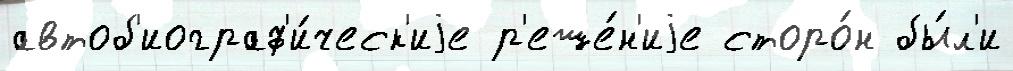
автоб'иограф'и́ческ'иjе р'еше́н'иjе сторо́н бы́л'и